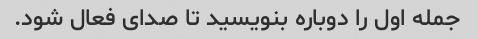
جمله اول را دوباره بنویسید تا صدای فعال شود.